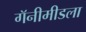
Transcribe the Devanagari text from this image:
गॅनीमीडला